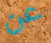
عن